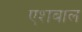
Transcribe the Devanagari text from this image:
एशबाल